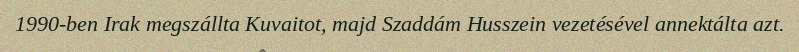
1990-ben Irak megszállta Kuvaitot, majd Szaddám Husszein vezetésével annektálta azt.